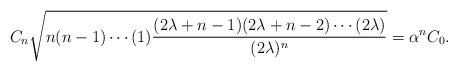
LaTeX: \begin{align*}C_n \sqrt{n(n-1)\cdots (1)\frac{(2\lambda +n -1)(2\lambda +n -2)\cdots (2\lambda)}{(2\lambda)^n}} = \alpha^n C_0. \end{align*}